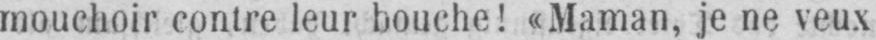
mouchoir contre leur bouche! «Maman, je ne veux